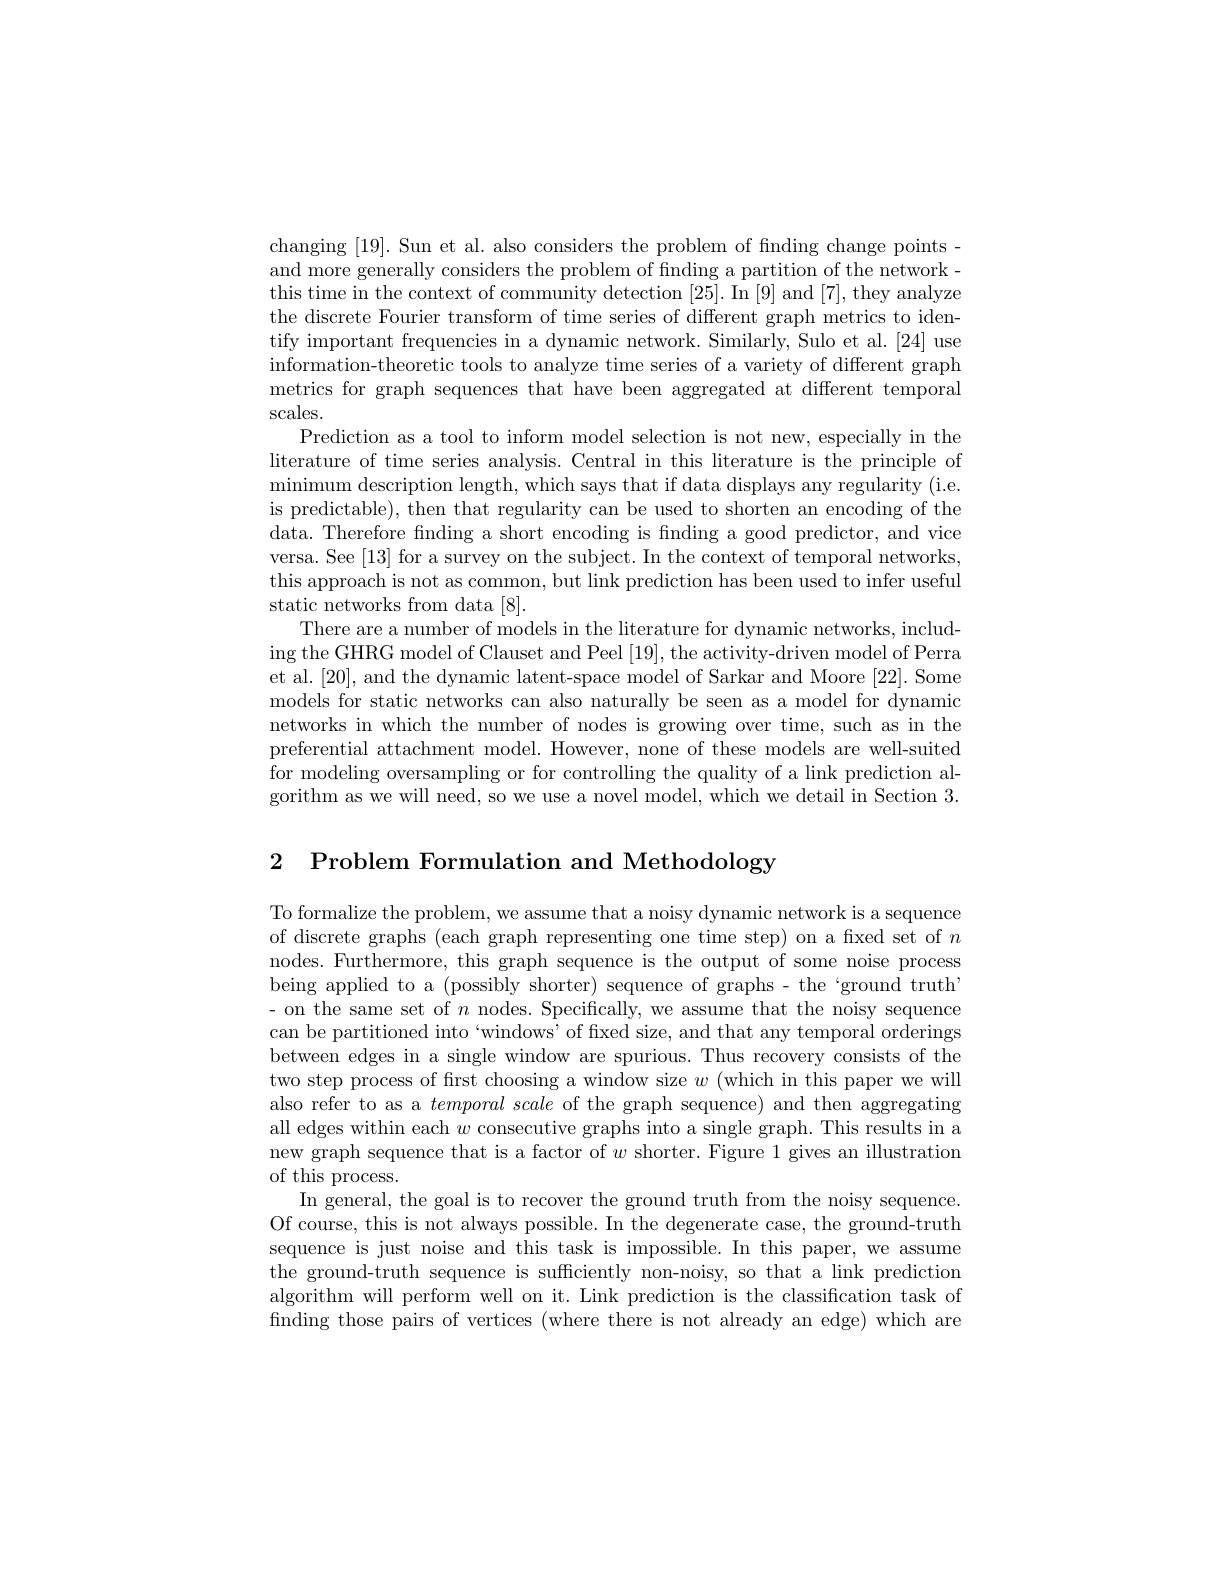
changing [19]. Sun et al. also considers the problem of fnding change pointsand more generally considers the problem of finding a partition of the networkthis time in the context of community detection [25]. In [9] and [7], they analyze the discrete Fourier transform of time series of different graph metrics to identify important frequencies in a dynamic network. Similarly, Sulo et al. [24] use information-theoretic tools to analyze time series of a variety of different graph metrics for graph sequences that have been aggregated at different temporal $\operatorname{scales.}$
Prediction as a tool to inform model selection is not new, especially in the literature of time series analysis. Central in this literature is the principle of minimum description length, which says that if data displays any regularity (i.e. is predictable), then that regularity can be used to shorten an encoding of the data. Therefore finding a short encoding is finding a good predictor, and vice versa. See [13] for a survey on the subject. In the context of temporal networks this approach is not as common, but link prediction has been used to infer useful static networks from data [8].
There are a number of models in the literature for dynamic networks, including the GHRG model of Clauset and Peel [19], the activity-driven model of Perra et al. [20], and the dynamic latent-space model of Sarkar and Moore [22]. Some models for static networks can also naturally be seen as a model for dynamic networks in which the number of nodes is growing over time, such as in the preferential attachment model. However, none of these models are well-suited for modeling oversampling or for controlling the quality of a link prediction algorithm as we will need, so we use a novel model, which we detail in Section 3.

2 Problem Formulation and Methodology

To formalize the problem, we assume that a noisy dynamic network is a sequence of discrete graphs (each graph representing one time step) on a fixed set of $n$ nodes. Furthermore, this graph sequence is the output of some noise process - on the same set of $n$ nodes. Specifically, we assume that the noisy sequence can be partitioned into `windows' of fxed size, and that any temporal orderings between edges in a single window are spurious. Thus recovery consists of the two step process of first choosing a window size $w$ (which in this paper we will also refer to as a temporal scale of the graph sequence) and then aggregating all edges within each $w$ consecutive graphs into a single graph. This results in a new graph sequence that is a factor of $w$ shorter. Figure 1 gives an illustration of this process.
In general, the goal is to recover the ground truth from the noisy sequence Of course, this is not always possible. In the degenerate case, the ground-truth sequence is just noise and this task is impossible. In this paper, we assume the ground-truth sequence is sufficiently non-noisy, so that a link prediction algorithm will perform well on it. Link prediction is the classification task of finding those pairs of vertices (where there is not already an edge) which are